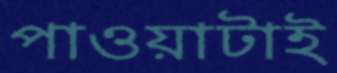
পাওয়াটাই